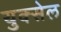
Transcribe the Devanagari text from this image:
युक्सेल